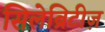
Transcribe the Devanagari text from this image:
सिलेब्रिटीज़